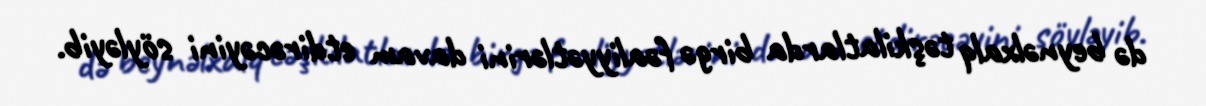
də beynəlxalq təşkilatlarda birgə fəaliyyətlərini davam etdirəcəyini söyləyib.